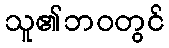
သူ၏ဘဝတွင်